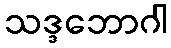
သဒ္ဒဘောဂါ